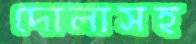
দোলাসহ